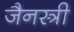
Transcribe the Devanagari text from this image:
जैनस्त्री